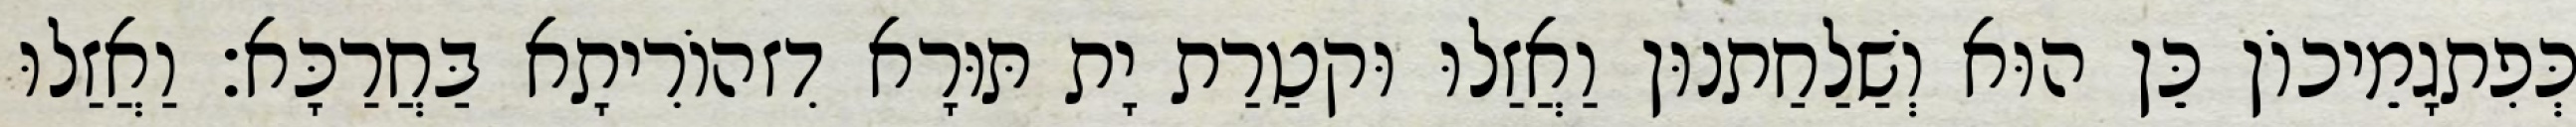
כְּפִתגָמֵיכוֹן כֵּן הוּא וְשַׁלַחַתנוּן וַאֲזַלוּ וּקטַרַת יָת תּוּרָא דִזהוֹרִיתָא בַּחֲרַכָּא׃ וַאֲזַלוּ